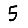
Digit: 5